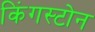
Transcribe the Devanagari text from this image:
किंगस्टोन